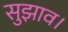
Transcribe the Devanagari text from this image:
सुझाव।